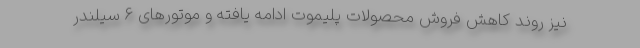
نیز روند کاهش فروش محصولات پلیموت ادامه یافته و موتورهای 6 سیلندر